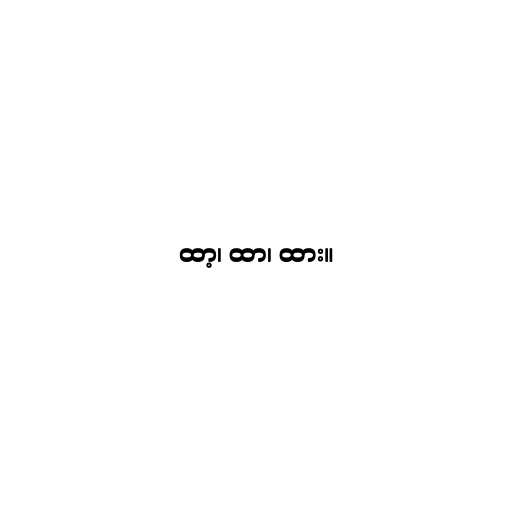
ထာ့၊ ထာ၊ ထား။